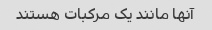
آنها مانند یک مرکبات هستند